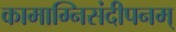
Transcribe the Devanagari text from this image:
कामाग्निसंदीपनम्